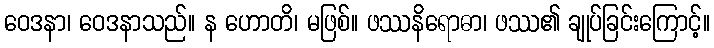
ဝေဒနာ၊ ဝေဒနာသည်။ န ဟောတိ၊ မဖြစ်။ ဖဿနိရောဓာ၊ ဖဿ၏ ချုပ်ခြင်းကြောင့်။